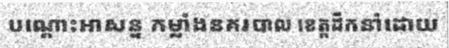
បណ្តោះអាសន្ន កម្លាំងនគរបាល ខេត្តដឹកនាំដោយ